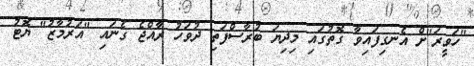
"ހަވީރަ"ށް އެނގިފައިވާ ގޮތުގައި މިދިޔަ ބުރާސްފަތި ދުވަހު ރާއްޖެ ގެނައި "އަރުމާޒު" ޔޮޓު